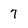
Character: 7